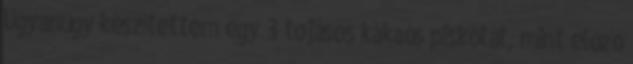
Ugyanúgy készítettem egy 3 tojásos kakaós piskótát, mint előző